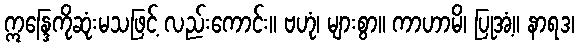
ဣန္ဒြေကိုဆုံးမသဖြင့် လည်းကောင်း။ ဗဟုံ၊ များစွာ။ ကာဟာမိ၊ ပြုအံ့။ နာရဒ၊